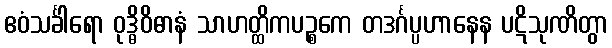
ဧဝံသင်္ခါရော ဝုဒ္ဓိဝိဓာနံ သာဟတ္ထိကပဉ္စကေ တဒင်္ဂပ္ပဟာနေန ပဋိသုဏိတွာ